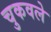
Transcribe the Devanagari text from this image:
चुकवले